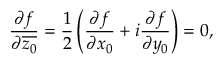
\frac { \partial f } { \partial { \overline { { z _ { 0 } } } } } = { \frac { 1 } { 2 } } \left( { \frac { \partial f } { \partial x _ { 0 } } } + i { \frac { \partial f } { \partial y _ { 0 } } } \right) = 0 ,